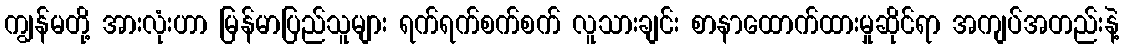
ကျွန်မတို့ အားလုံးဟာ မြန်မာပြည်သူများ ရက်ရက်စက်စက် လူသားချင်း စာနာထောက်ထားမှုဆိုင်ရာ အကျပ်အတည်းနဲ့